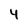
Character: 4